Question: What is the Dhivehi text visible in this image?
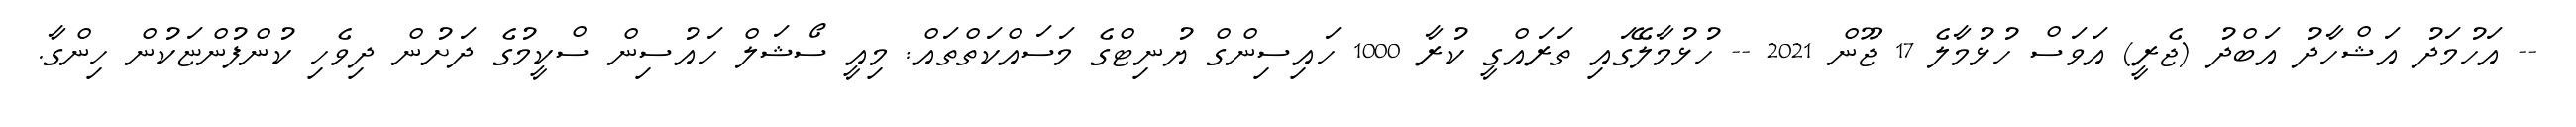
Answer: -- އަހުމަދު އަޝްހާދު އަބްދު (ޖެރީ) އަވަސް ހުޅުމާލެ 17 ޖޫން 2021 -- ހުޅުމާލޭގައި ތަރައްގީ ކުރާ 1000 ހައިސިންގް ޔުނިޓްގެ މަސައްކަތްތައް: މިއީ ސޯޝަލް ހައުސިން ސްކީމުގެ ދަށުން ދިވެހި ކުންފުންޏަކުން ހިންގާ.